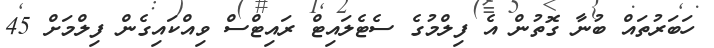
ހަބަރުތައް ބުނާ ގޮތުން އެ ފިލްމުގެ ސެޓެލައިޓް ރައިޓްސް ވިއްކައިގެން ފިލްމަށް 45